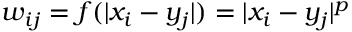
w _ { i j } = f ( | x _ { i } - y _ { j } | ) = | x _ { i } - y _ { j } | ^ { p }